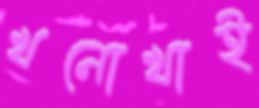
খনোখাই